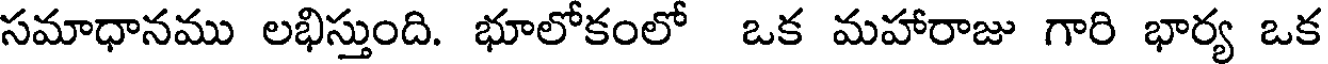
సమాధానము లభిస్తుంది. భూలోకంలో ఒక మహారాజు గారి భార్య ఒక